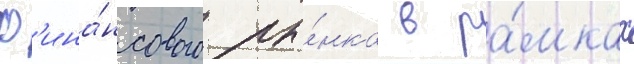
ф'ина́нсового ры́нка в ра́мках